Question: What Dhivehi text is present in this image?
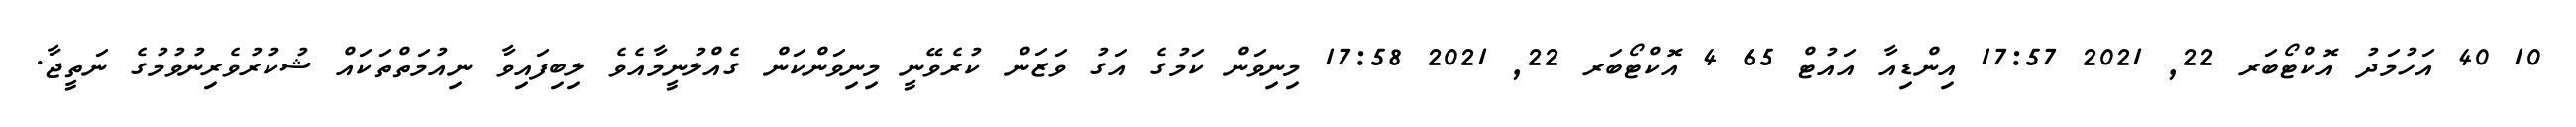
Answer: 10 40 އަހުމަދު އޮކްޓޯބަރ 22, 2021 17:57 އިންޑިއާ އައުޓް 65 4 އޮކްޓޯބަރ 22, 2021 17:58 މިނިވަން ކަމުގެ އަގު ވަޒަން ކުރެވޭނީ މިނިވަންކަން ގެއްލުނީމާއެވެ ލިބިފައިވާ ނިއުމަތްތަކައް ޝުކުރުވެރިނުވުމުގެ ނަތީޖާ.